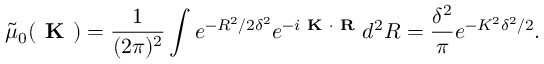
\tilde { \mu } _ { 0 } ( \textbf { K } ) = \frac { 1 } { ( 2 \pi ) ^ { 2 } } \int e ^ { - R ^ { 2 } / 2 \delta ^ { 2 } } e ^ { - i \textbf { K } \cdot { \textbf { R } } } d ^ { 2 } R = \frac { \delta ^ { 2 } } { \pi } e ^ { - K ^ { 2 } \delta ^ { 2 } / 2 } .